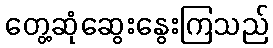
တွေ့ဆုံဆွေးနွေးကြသည်